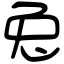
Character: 兔